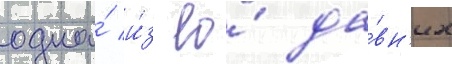
одна́ и́з ео́ да́вн'их